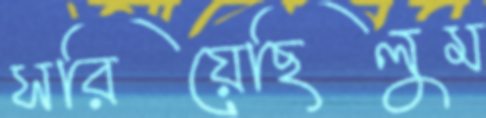
সরিয়েছিলুম